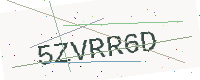
Text: 5ZVRR6D